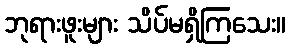
ဘုရားဖူးများ သိပ်မရှိကြသေး။